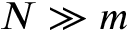
N \gg m